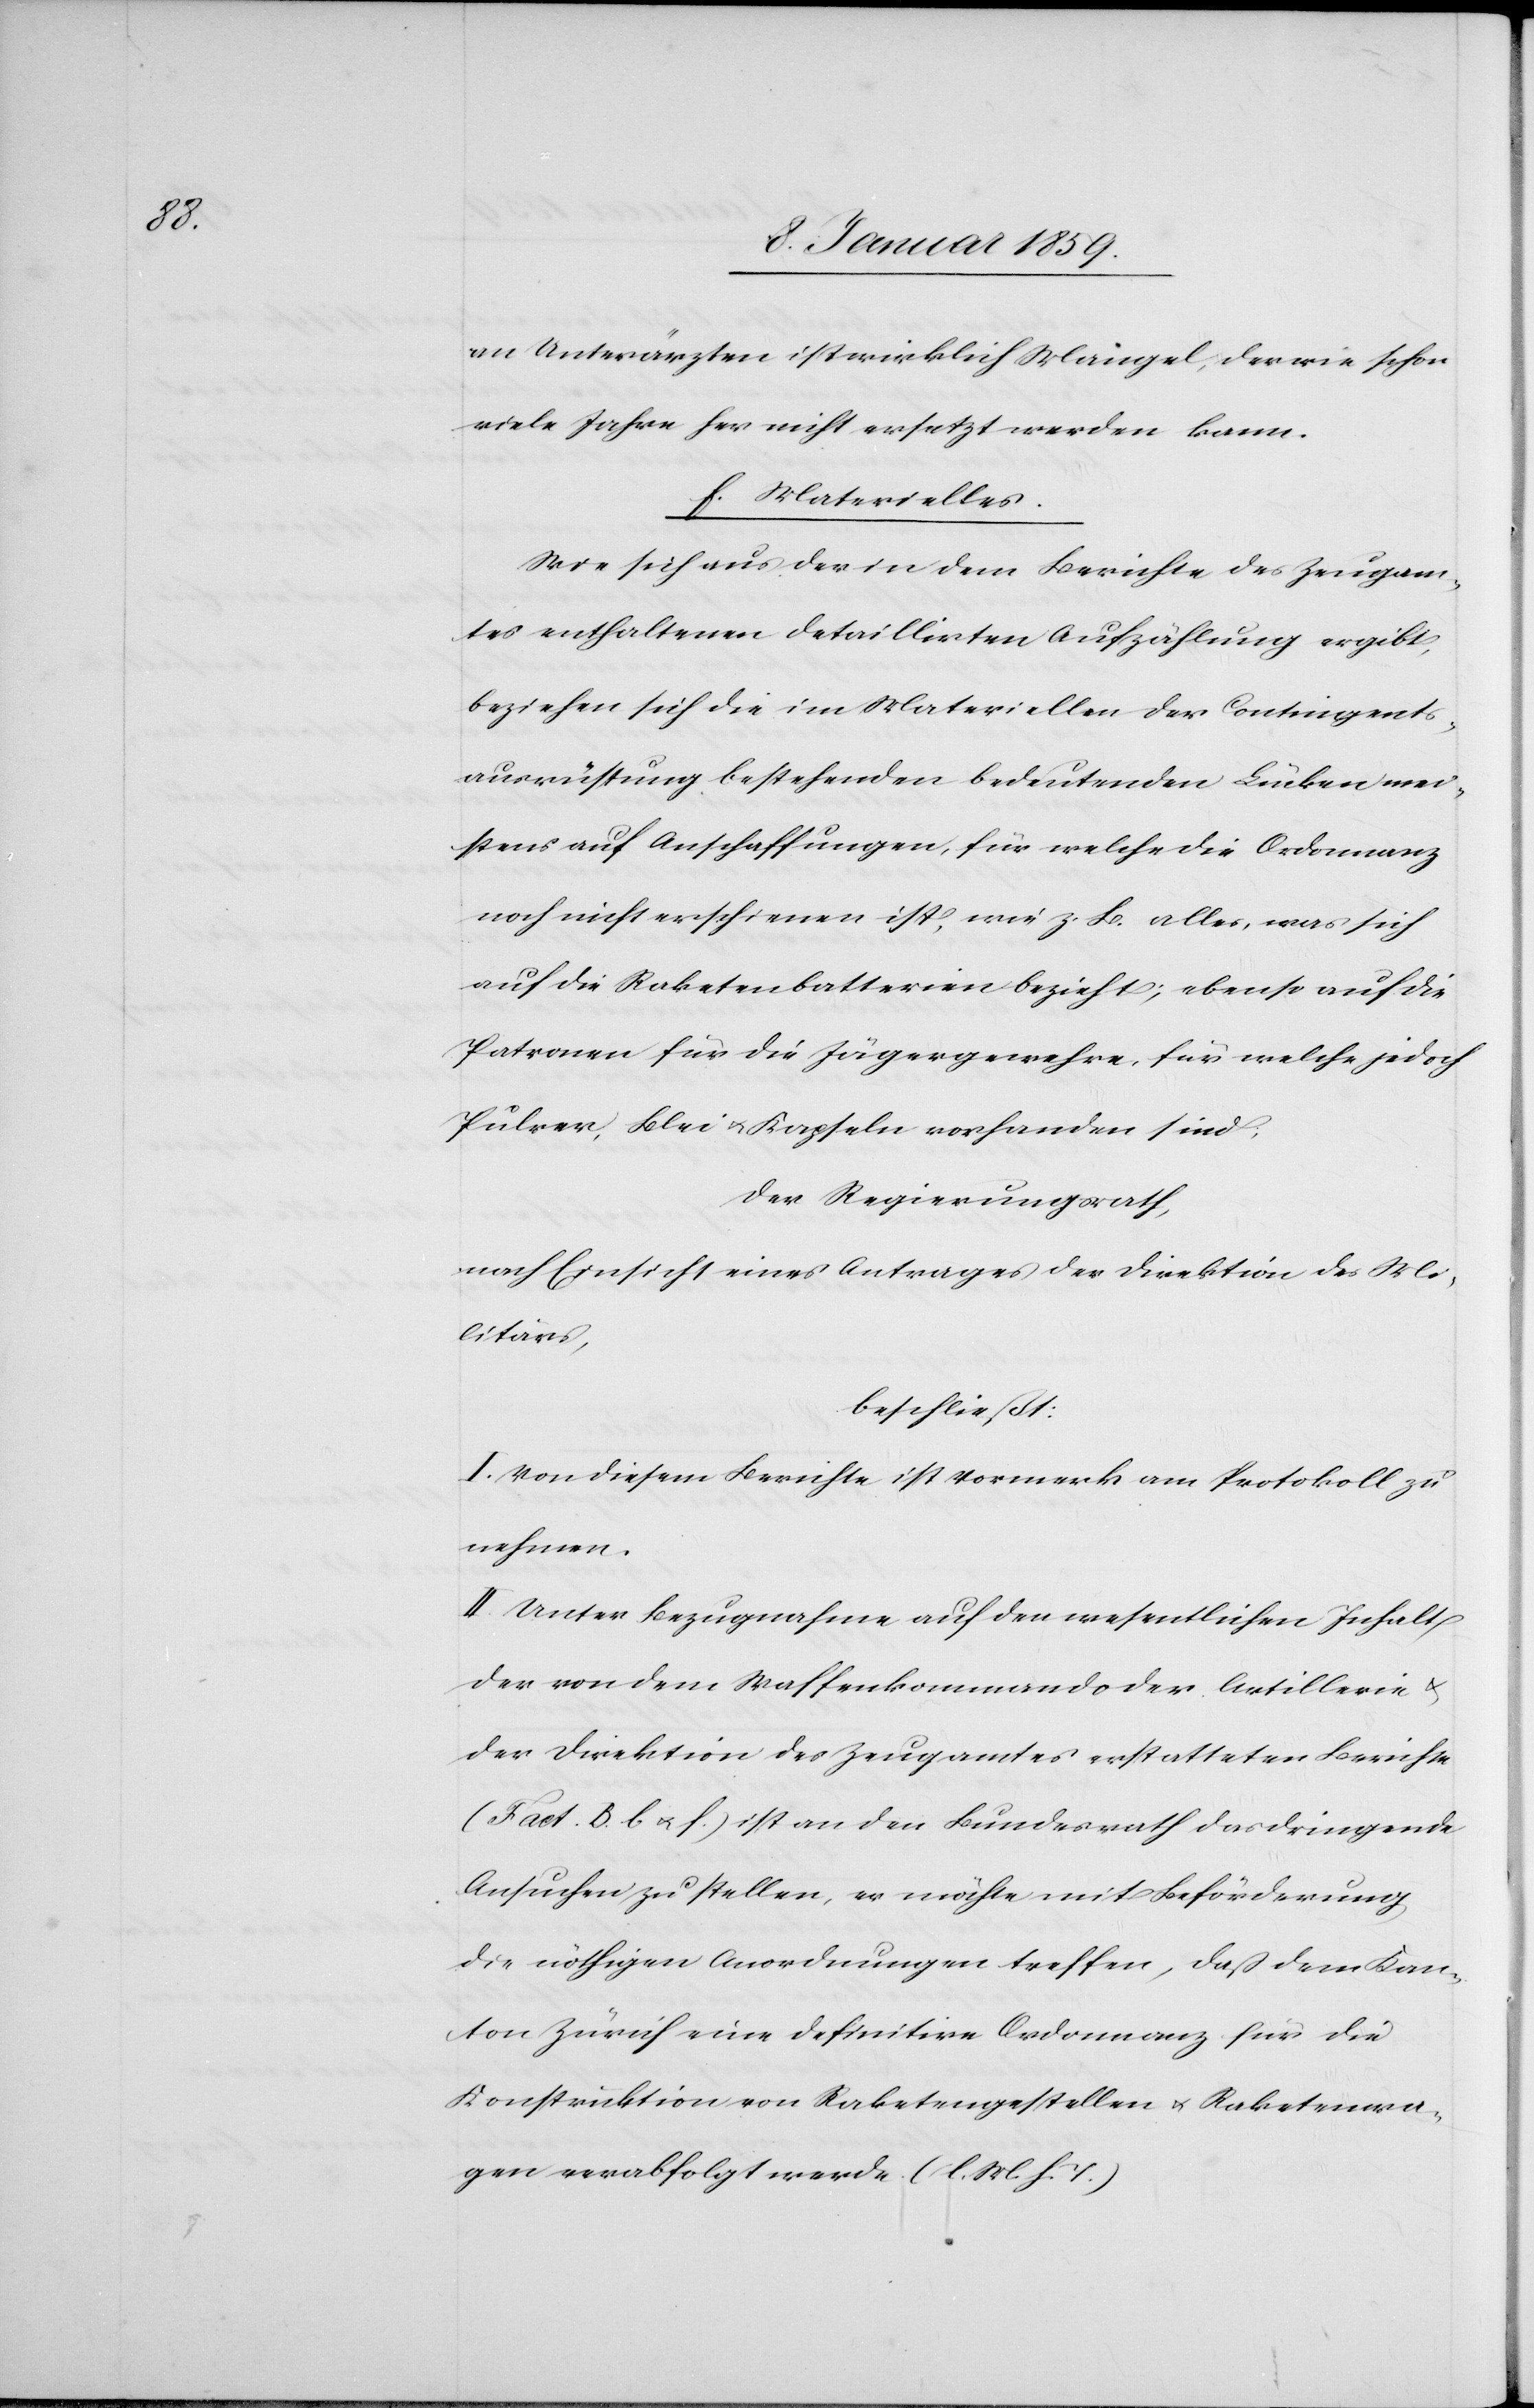
an Unterärzten ist wirklich Mangel, der wie schon
viele Jahre her nicht ersetzt werden kann.
f. Materielles:
Wie sich aus der in dem Berichte des Zeugam¬
tes enthaltenen detaillirten Aufzählung ergibt,
beziehen sich die im Materiellen der Contingents¬
ausrüstung bestehenden bedeutenden Lücken mei¬
stens auf Anschaffungen, für welche die Ordonnanz
noch nicht erschienen ist, wie z. B. alles, was sich
auf die Raketenbatterien bezieht; ebenso auf die
Patronen für die Jägergewehre, für welche jedoch
Pulver, Blei u. Kapseln vorhanden sind;
der Regierungsrath,
nach Einsicht eines Antrages der Direktion des Mi¬
litärs,
beschließt:
I. Von diesem Berichte ist Vormerk am Protokoll zu
nehmen.
II. Unter Bezugnahme auf den wesentlichen Inhalt
der von dem Waffenkommando der Artillerie u.
der Direktion des Zeugamtes erstatteten Berichte
(Fact. B. b u. f.) ist an den Bundesrath das dringende
Ansuchen zu stellen, er möchte mit Beförderung
die nöthigen Anordnungen treffen, daß dem Kan¬
ton Zürich eine definitive Ordonnanz für die
Konstruktion von Raketengestellen u. Raketenwa¬
gen verabfolgt werde. (l. M. h. T.)